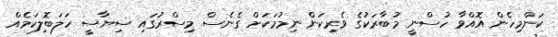
ކަންމިހެން އޮއްވާ ހުސްނީ މުބާރަކުގެ ވެރިކަން ނިމުމަކަށް ގެނެސް މިސްރުގައި ސިޔާސީ ހަލަބޮލިކަމެއް